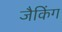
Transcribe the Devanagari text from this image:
जैकिंग